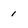
Character: 1